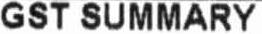
GST SUMMARY